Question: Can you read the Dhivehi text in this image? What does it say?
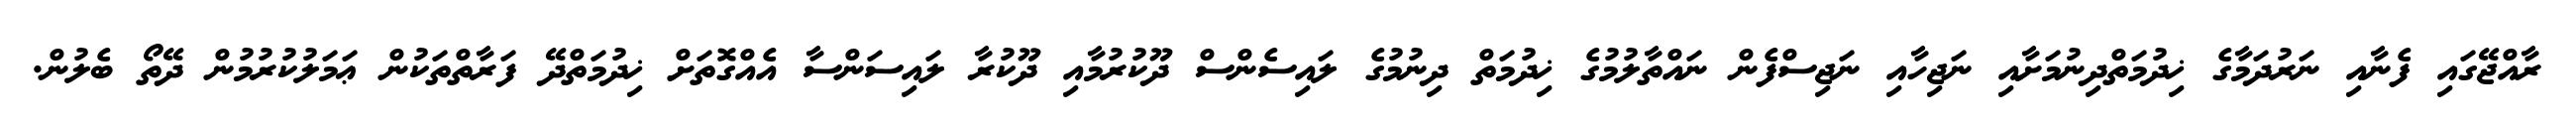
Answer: ރާއްޖޭގައި ފެނާއި ނަރުދަމާގެ ޚިދުމަތްދިނުމަށާއި ނަޖިހާއި ނަޖިސްފެން ނައްތާލުމުގެ ޚިދުމަތް ދިނުމުގެ ލައިސެންސް ދޫކުރުމާއި ދޫކުރާ ލައިސަންސާ އެއްގޮތަށް ޚިދުމަތްދޭ ފަރާތްތަކުން ޢަމަލުކުރުމުން ދޭތޯ ބެލުން.